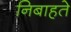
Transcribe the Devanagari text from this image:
निबाहते